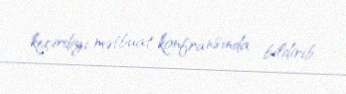
keçirdiyi mətbuat konfransında bildirib.